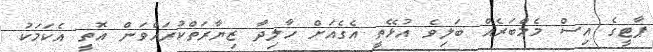
ޕާޓީގެ އިސް މެމްބަރެއް ބަލިވެ އުޅޭތީ އެގެއަށް ހާލިދާ ޒިޔާރަތްކުރައްވަން އޮތީ އެކަމަކު